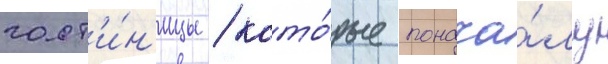
гост'и́н'ицы / кото́рые понача́лу